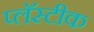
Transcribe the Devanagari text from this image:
प्लॅस्टीक